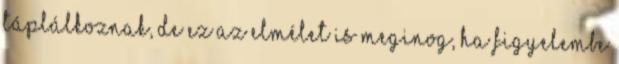
táplálkoznak, de ez az elmélet is meginog, ha figyelembe